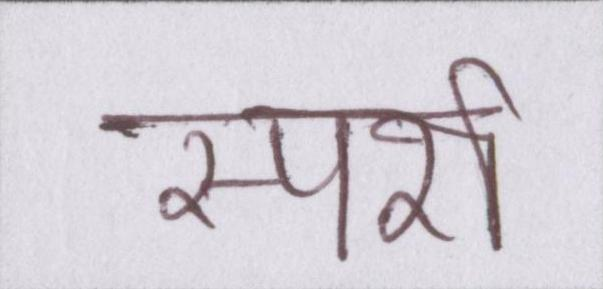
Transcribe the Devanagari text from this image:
स्पर्श